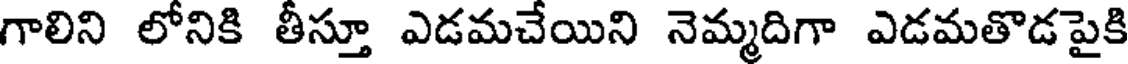
గాలిని లోనికి తీస్తూ ఎడమచేయిని నెమ్మదిగా ఎడమతొడపైకి